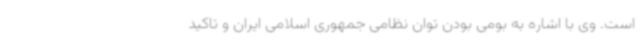
است. وی با اشاره به بومی بودن توان نظامی جمهوری اسلامی ایران و تاکید